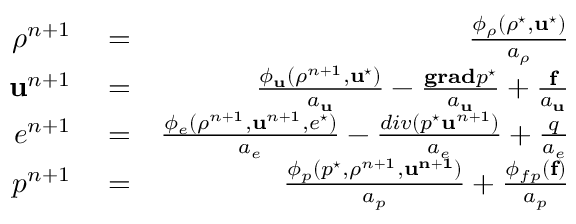
\begin{array} { r l r } { \rho ^ { n + 1 } } & { { } = } & { \frac { \phi _ { \rho } ( \rho ^ { \star } , \mathbf { u } ^ { \star } ) } { a _ { \rho } } } \\ { \mathbf { u } ^ { n + 1 } } & { { } = } & { \frac { \phi _ { \mathbf { u } } ( \rho ^ { n + 1 } , \mathbf { u } ^ { \star } ) } { a _ { \mathbf { u } } } - \frac { \mathbf { g r a d } p ^ { \star } } { a _ { \mathbf { u } } } + \frac { \mathbf { f } } { a _ { \mathbf { u } } } } \\ { e ^ { n + 1 } } & { { } = } & { \frac { \phi _ { e } ( \rho ^ { n + 1 } , \mathbf { u } ^ { n + 1 } , e ^ { \star } ) } { a _ { e } } - \frac { d i v ( p ^ { \star } \mathbf { u } ^ { n + 1 } ) } { a _ { e } } + \frac { q } { a _ { e } } } \\ { p ^ { n + 1 } } & { { } = } & { \frac { \phi _ { p } ( p ^ { \star } , \rho ^ { n + 1 } , \mathbf { u ^ { n + 1 } } ) } { a _ { p } } + \frac { \phi _ { f p } ( \mathbf { f } ) } { a _ { p } } } \end{array}